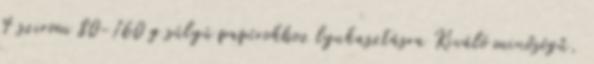
4 szirom 80-160 g súlyú papírokhoz lyukasztásra Kiváló minőségű,